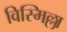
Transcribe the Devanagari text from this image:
विस्मिल्ला